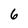
Character: 6